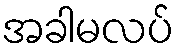
အခါမလပ်